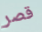
قصر